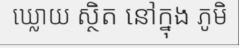
ឃ្លោយ ស្ថិត នៅក្នុង ភូមិ